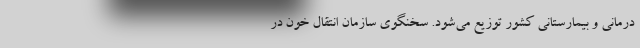
درمانی و بیمارستانی کشور توزیع می‌شود. سخنگوی سازمان انتقال خون در